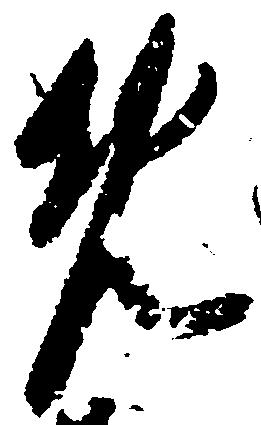
免